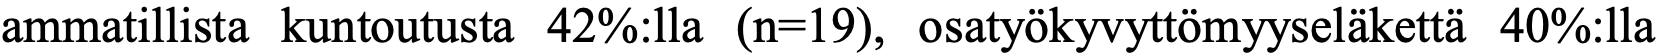
ammatillista kuntoutusta 42%:lla (n=19), osatyökyvyttömyyseläkettä 40%:lla